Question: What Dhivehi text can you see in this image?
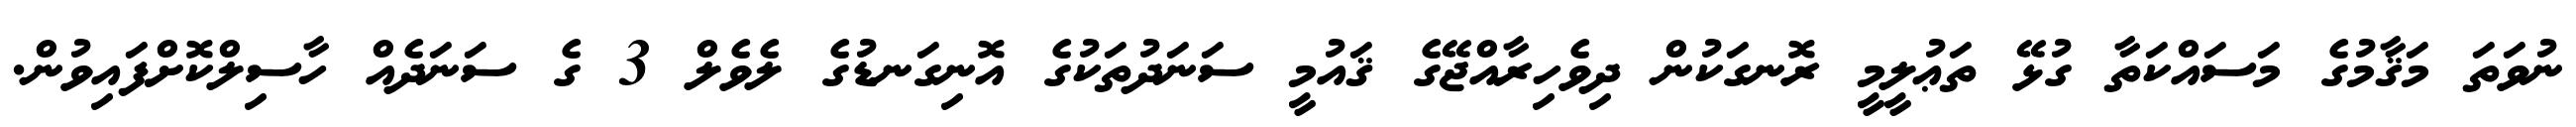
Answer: ނުވަތަ މަޤާމުގެ މަސައްކަތާ ގުޅޭ ތަޢުލީމީ ރޮނގަކުން ދިވެހިރާއްޖޭގެ ޤައުމީ ސަނަދުތަކުގެ އޮނިގަނޑުގެ ލެވެލް 3 ގެ ސަނަދެއް ހާސިލްކޮށްފައިވުން.